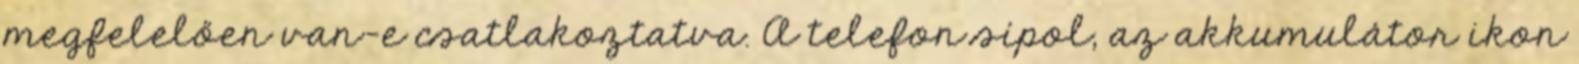
megfelelően van-e csatlakoztatva. A telefon sípol, az akkumulátor ikon